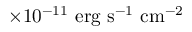
\times 1 0 ^ { - 1 1 } \mathrm { { \ e r g \ s ^ { - 1 } \ c m ^ { - 2 } } }